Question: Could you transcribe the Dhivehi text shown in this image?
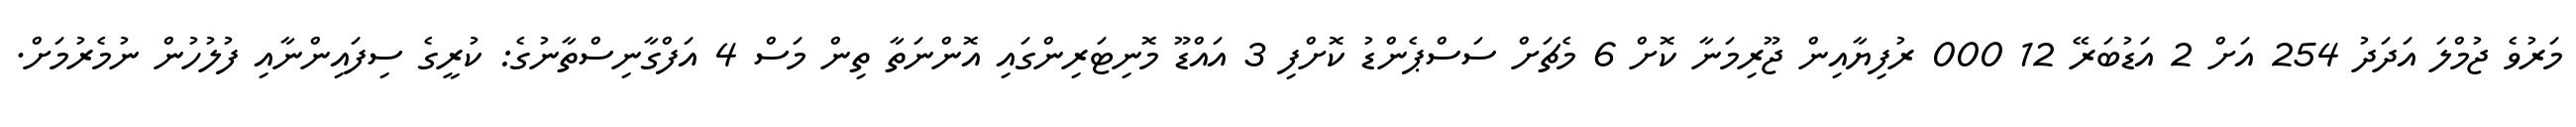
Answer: މަރުވެ ޖުމްލަ އަދަދު 254 އަށް 2 އަޑުބަރޭ 12 000 ރުފިޔާއިން ޖޫރިމަނާ ކޮށް 6 މެޗަށް ސަސްޕެންޑު ކޮށްފި 3 އައްޑޫ މޮނިޓަރިންގައި އޮންނަތާ ތިން މަސް 4 އަފްގާނިސްތާނުގެ: ކުރީގެ ސިފައިންނާއި ފުލުހުން ނުމެރުމަށް.